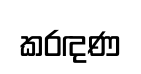
කරඳණ